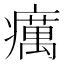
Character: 癘